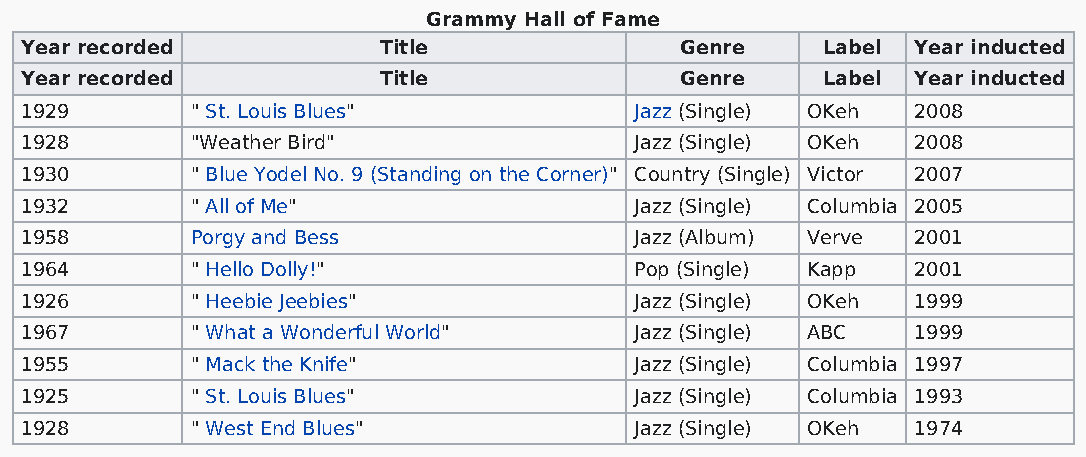
Grammy Hall of Fame
 Year recorded           Title               Genre    Label Year inducted
 Year recorded           Title               Genre    Label Year inducted
 1929        " St. Louis Blues"           Jazz (Single) OKeh 2008
 1928        "Weather Bird"               Jazz (Single) OKeh 2008
 1930        " Blue Yodel No. 9 (Standing on the Corner)" Country (Single) Victor 2007
 1932        " All of Me"                 Jazz (Single) Columbia 2005
 1958        Porgy and Bess               Jazz (Album) Verve 2001
 1964        " Hello Dolly!"              Pop (Single) Kapp 2001
 1926        " Heebie Jeebies"            Jazz (Single) OKeh 1999
 1967        " What a Wonderful World"    Jazz (Single) ABC 1999
 1955        " Mack the Knife"            Jazz (Single) Columbia 1997
 1925        " St. Louis Blues"           Jazz (Single) Columbia 1993
 1928        " West End Blues"            Jazz (Single) OKeh 1974